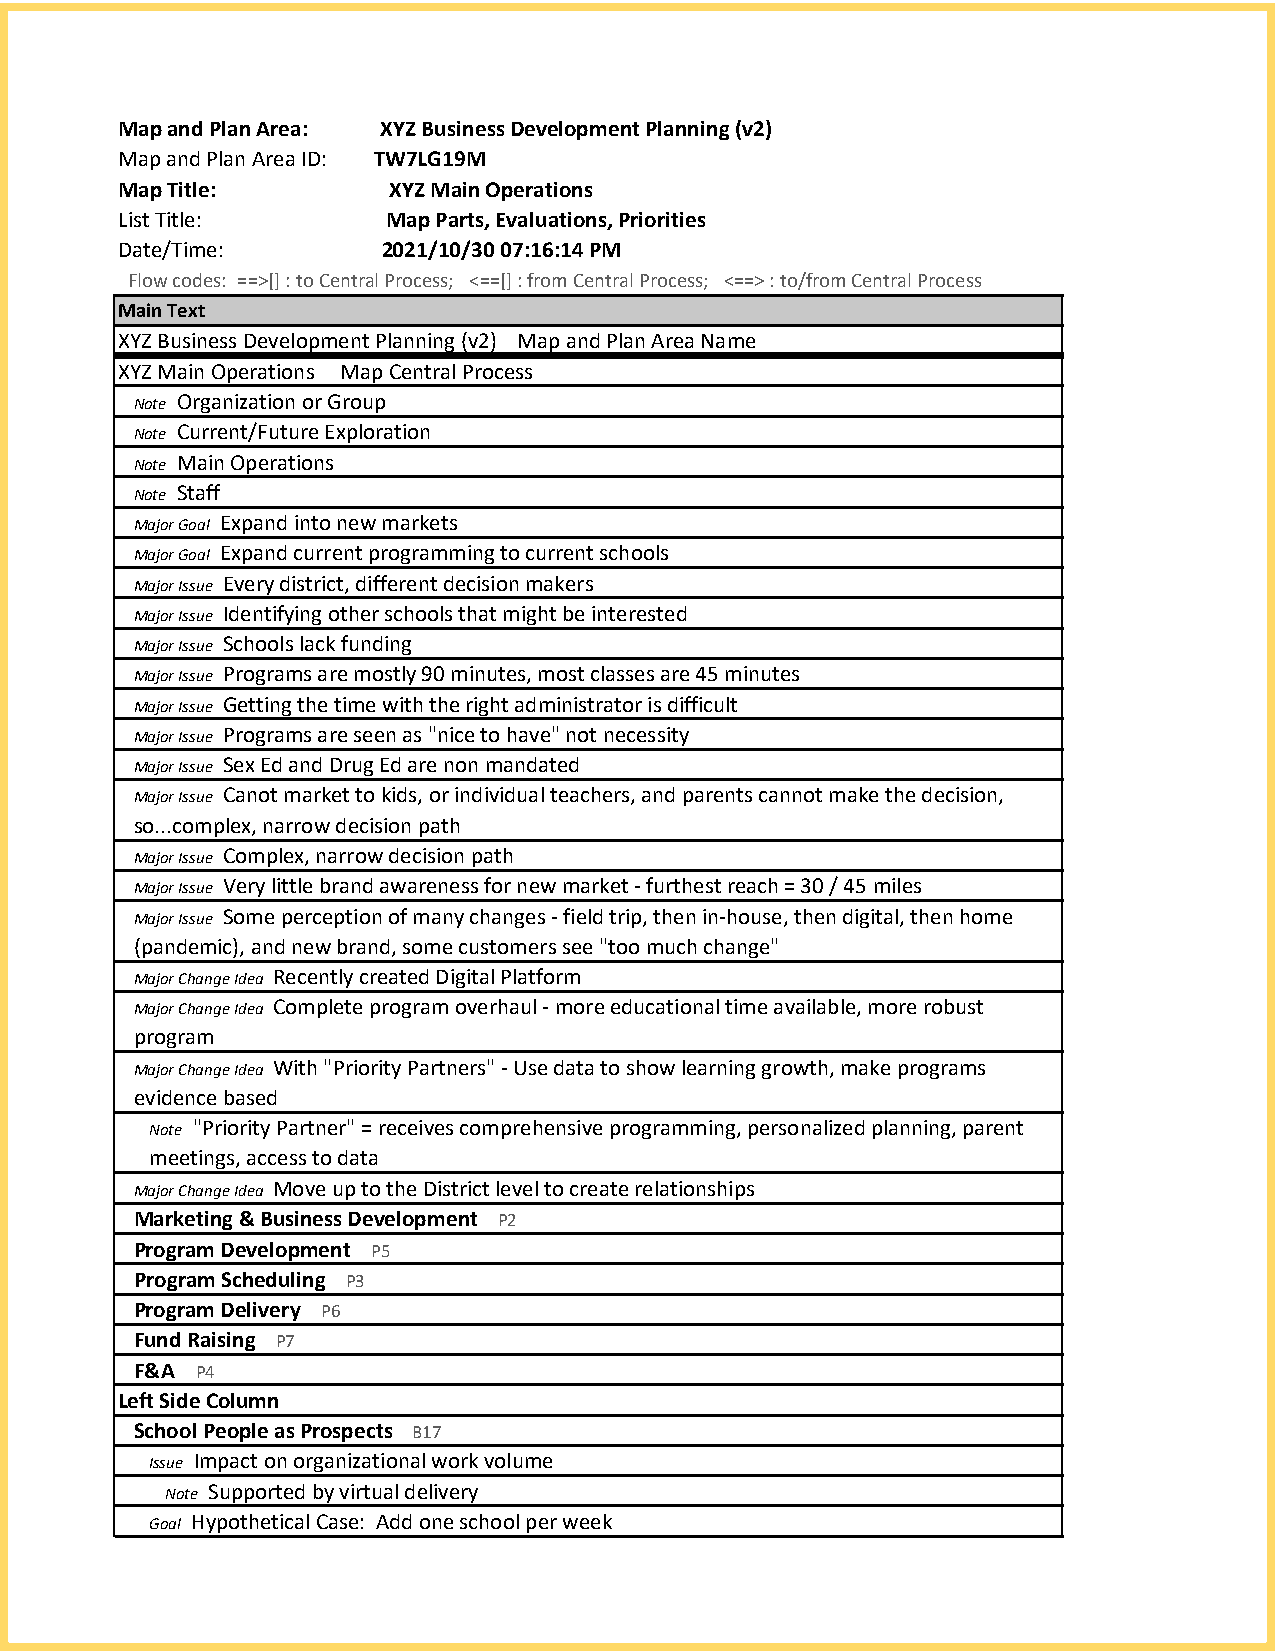
Map and Plan Area: XYZ Business Development Planning (v2)
 Map and Plan Area ID: TW7LG19M
 Map Title:        XYZ Main Operations
 List Title:       Map Parts, Evaluations, Priorities
 Date/Time:       2021/10/30 07:16:14 PM
 Flow codes: ==>[] : to Central Process; <==[] : from Central Process; <==> : to/from Central Process
 Main Text
 XYZ Business Development Planning (v2) Map and Plan Area Name
 XYZ Main Operations Map Central Process
 Note Organization or Group
 Note Current/Future Exploration
 Note Main Operations
 Note Staff
 Major Goal Expand into new markets
 Major Goal Expand current programming to current schools
 Major Issue Every district, different decision makers
 Major Issue Identifying other schools that might be interested
 Major Issue Schools lack funding
 Major Issue Programs are mostly 90 minutes, most classes are 45 minutes
 Major Issue Getting the time with the right administrator is difficult
 Major Issue Programs are seen as "nice to have" not necessity
 Major Issue Sex Ed and Drug Ed are non mandated
 Major Issue Canot market to kids, or individual teachers, and parents cannot make the decision,
 so...complex, narrow decision path
 Major Issue Complex, narrow decision path
 Major Issue Very little brand awareness for new market - furthest reach = 30 / 45 miles
 Major Issue Some perception of many changes - field trip, then in-house, then digital, then home
 (pandemic), and new brand, some customers see "too much change"
 Major Change Idea Recently created Digital Platform
 Major Change Idea Complete program overhaul - more educational time available, more robust
 program
 Major Change Idea With "Priority Partners" - Use data to show learning growth, make programs
 evidence based
 Note "Priority Partner" = receives comprehensive programming, personalized planning, parent
 meetings, access to data
 Major Change Idea Move up to the District level to create relationships
 Marketing & Business Development P2
 Program Development P5
 Program Scheduling P3
 Program Delivery P6
 Fund Raising P7
 F&A P4
 Left Side Column
 School People as Prospects B17
 Issue Impact on organizational work volume
 Note Supported by virtual delivery
 Goal Hypothetical Case: Add one school per week